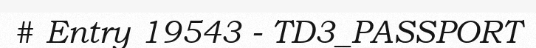
# Entry 19543 - TD3_PASSPORT